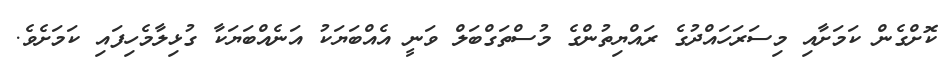
ކޮށްގެން ކަމަށާއި މިސަރަހައްދުގެ ރައްޔިތުންގެ މުސްތަގްބަލް ވަނީ އެއްބަޔަކު އަނެއްބަޔަކާ ގުޅިލާމެހިފައި ކަމަށެވެ.